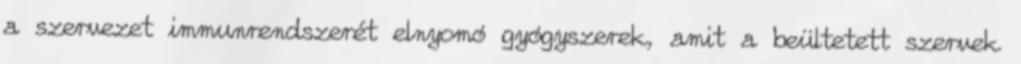
a szervezet immunrendszerét elnyomó gyógyszerek, amit a beültetett szervek